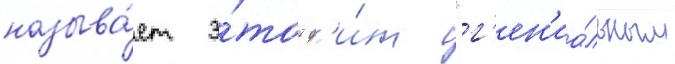
называ́ет э́тот ф'и́нт "г'ен'иа́льным